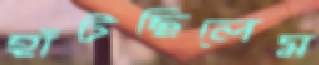
হাঁটছিলেম